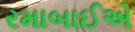
રમાબાઈએ